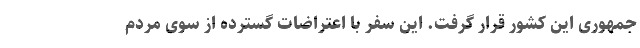
جمهوری این کشور قرار گرفت. این سفر با اعتراضات گسترده از سوی مردم